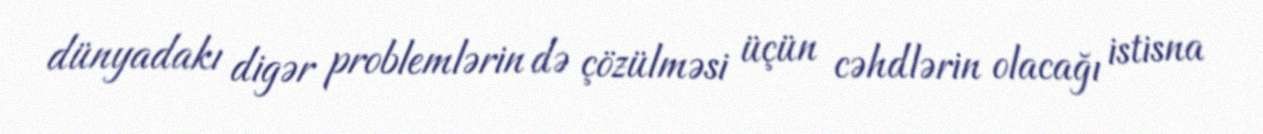
dünyadakı digər problemlərin də çözülməsi üçün cəhdlərin olacağı istisna